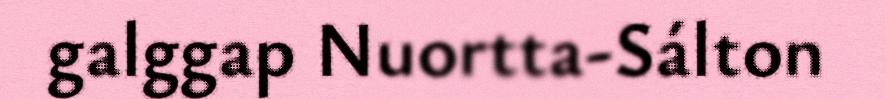
galggap Nuortta-Sálton